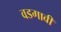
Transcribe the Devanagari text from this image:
वडगावी